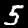
Label: 5